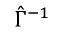
\hat { \Gamma } ^ { - 1 }